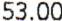
53.00